Civil Veterinary Dept. Assam report 1927-50 - 1927-1950
Year: 1927
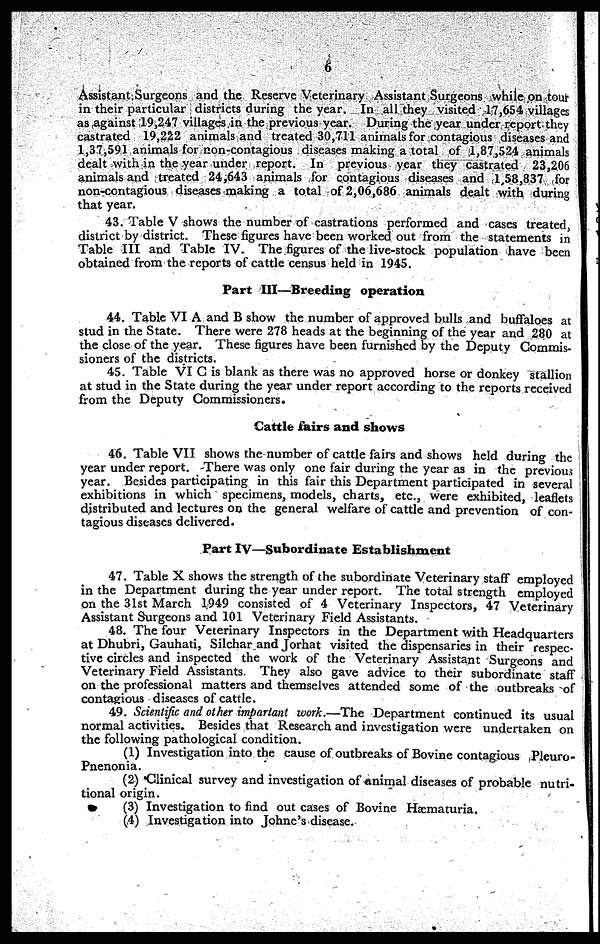
6
Assistant Surgeons and the Reserve Veterinary Assistant Surgeons while on tout-
in their particular districts during the year. In all they visited 17,654 villages
as against 19,247 villages in the previous year. During the year under report they
castrated 19,222 animals and treated 30,711 animals for contagious diseases and
1,37,591 animals for non-contagious diseases making a total of 1,87,524 animals
dealt with in the year under report. In previous year they castrated 23,206
animals and treated 24,643 animals for contagious diseases and 1,58,837 for
non-contagious diseases making a total of 2,06,686 animals dealt with during
that year.
43. Table V shows the number of castrations performed and cases treated,
district by district. These figures have been worked out from the statements in
Table III and Table IV. The figures of the live-stock population have been
obtained from the reports of cattle census held in 1945.
Part III—Breeding operation
44. Table VI A and B show the number of approved bulls and buffaloes at
stud in the State. There were 278 heads at the beginning of the year and 280 at
the close of the year. These figures have been furnished by the Deputy Commis-
sioners of the districts.
45. Table VI G is blank as there was no approved horse or donkey stallion
at stud in the State during the year under report according to the reports received
from the Deputy Commissioners.
Cattle fairs and shows
46. Table VII shows the number of cattle fairs and shows held during the
year under report. There was only one fair during the year as in the previous
year. Besides participating in this fair this Department participated in several
exhibitions in which specimens, models, charts, etc., were exhibited, leaflets
distributed and lectures on the general welfare of cattle and prevention of con-
tagious diseases delivered.
Part IV—Subordinate Establishment
47. Table X shows the strength of the subordinate Veterinary staff employed
in the Department during the year under report. The total strength employed
on the 31st March 1949 consisted of 4 Veterinary Inspectors, 47 Veterinary
Assistant Surgeons and 101 Veterinary Field Assistants.
48. The four Veterinary Inspectors in the Department with Headquarters
at Dhubri, Gauhati, Silchar and Jorhat visited the dispensaries in their respec-
tive circles and inspected the work of the Veterinary Assistant Surgeons and
Veterinary Field Assistants. They also gave advice to their subordinate staff
on the professional matters and themselves attended some of the outbreaks of
contagious diseases of cattle.
49. Scientific and other impartant work.—The Department continued its usual
normal activities. Besides that Research and investigation were undertaken on
the following pathological condition.
(1) Investigation into the cause of outbreaks of Bovine contagious Pleuro-
Pnenonia.
(2) Clinical survey and investigation of animal diseases of probable nutri-
tional origin.
(3) Investigation to find out cases of Bovine Hæcmaturia.
(4) Investigation into Johne's disease.